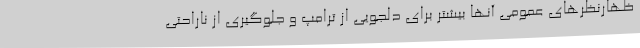
ظهارنظرهای عمومی آنها بیشتر برای دلجویی از ترامپ و جلوگیری از ناراحتی